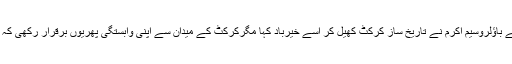
دنیائے کرکٹ میں تہلکہ مچانے والے بائیں بازو کے باؤلروسیم اکرم نے تاریخ ساز کرکٹ کھیل کر اسے خیرباد کہا مگرکرکٹ کے میدان سے اپنی وابستگی پھریوں برقرار رکھی کہ آج وہ ٹی وی سکرین اور مائیک کے شہہ سوار ہیں۔